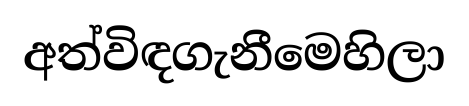
අත්විඳගැනීමෙහිලා